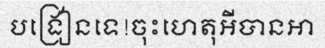
បង្រៀនទេ!ចុះហេតុអីបានអា